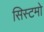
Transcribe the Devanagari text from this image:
सिस्टमो